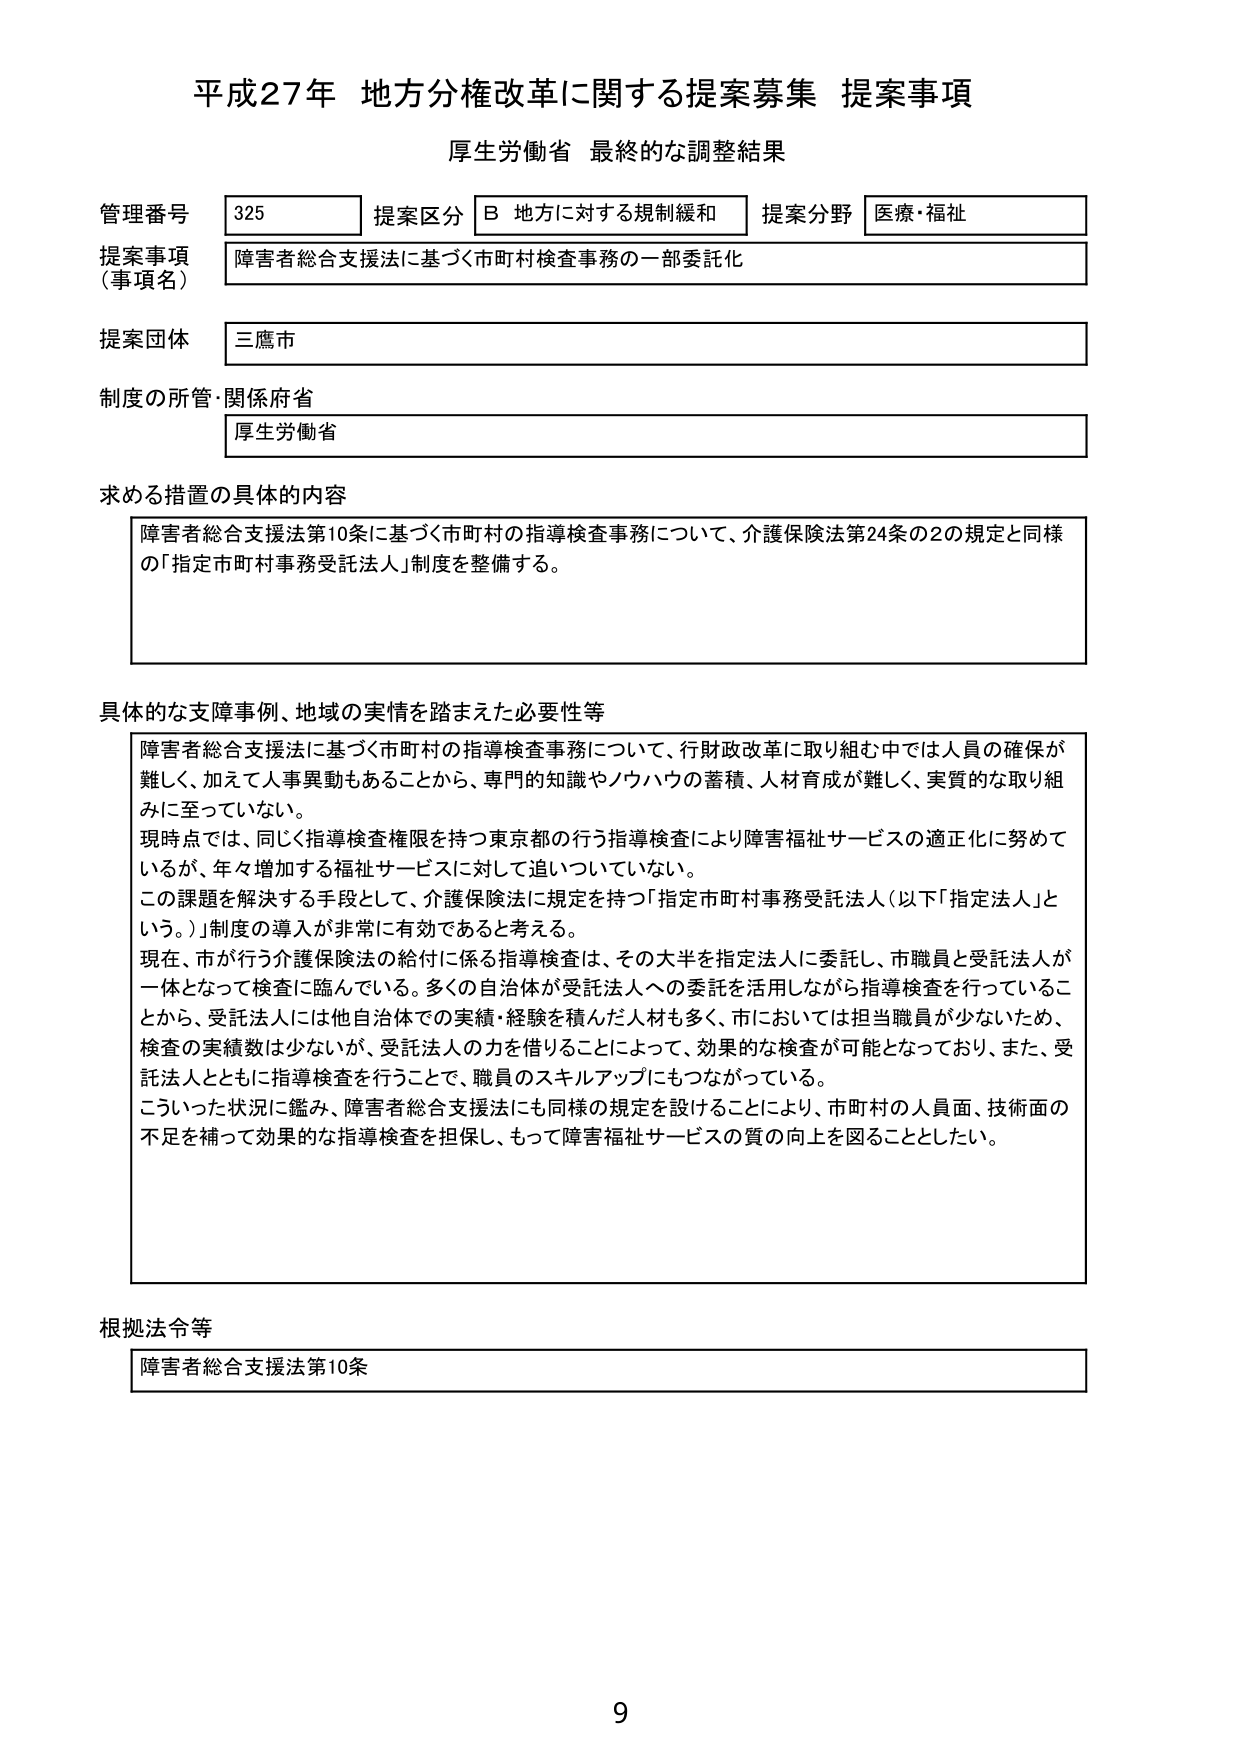
平成27年 地方分権改革に関する提案募集 提案事項
厚生労働省 最終的な調整結果

管理番号 325 提案区分 B 地方に対する規制緩和 提案分野 医療・福祉
提案事項（事項名） 障害者総合支援法に基づく市町村検査事務の一部委託化
提案団体 三鷹市
制度の所管・関係府省 厚生労働省

求める措置の具体的内容
障害者総合支援法第10条に基づく市町村の指導検査事務について、介護保険法第24条の2の規定と同様の「指定市町村事務受託法人」制度を整備する。

具体的な支障事例、地域の実情を踏まえた必要性等
障害者総合支援法に基づく市町村の指導検査事務について、行財政改革に取り組む中では人員の確保が難しく、加えて人事異動もあることから、専門的知識やノウハウの蓄積、人材育成が難しく、実質的な取り組みに至っていない。
現時点では、同じく指導検査権限を持つ東京都の行う指導検査により障害福祉サービスの適正化に努めているが、年々増加する福祉サービスに対して追いついていない。
この課題を解決する手段として、介護保険法に規定を持つ「指定市町村事務受託法人（以下「指定法人」という。）」制度の導入が非常に有効であると考える。
現在、市が行う介護保険法の給付に係る指導検査は、その大半を指定法人に委託し、市職員と受託法人が一体となって検査に臨んでいる。多くの自治体が受託法人への委託を活用しながら指導検査を行っていることから、受託法人には他自治体での実績・経験を積んだ人材も多く、市においては担当職員が少ないため、検査の実績数は少ないが、受託法人の力を借りることによって、効果的な検査が可能となっており、また、受託法人とともに指導検査を行うことで、職員のスキルアップにもつながっている。
こういった状況に鑑み、障害者総合支援法にも同様の規定を設けることにより、市町村の人員面、技術面の不足を補って効果的な指導検査を担保し、もって障害福祉サービスの質の向上を図ることとしたい。

根拠法令等
障害者総合支援法第10条

9